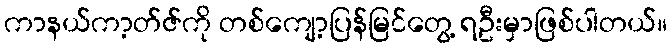
ကာနယ်ကာ့တ်ဇ်ကို တစ်ကျော့ပြန်မြင်တွေ့ ရဦးမှာဖြစ်ပါတယ်။